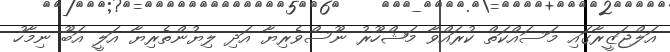
އަލްޖަޒީރާގައި މަސައްކަތް ކުރައްވާ މަޝްހޫރު ނޫސްވެރިޔާ އަދި ލިޔުންތެރިޔާ އަލީ އަބޫ ނިމާހު